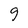
Character: g